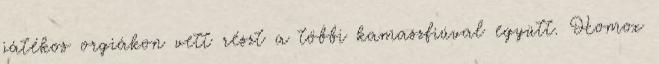
játékos orgiákon vett részt a többi kamaszfiúval együtt. Homox